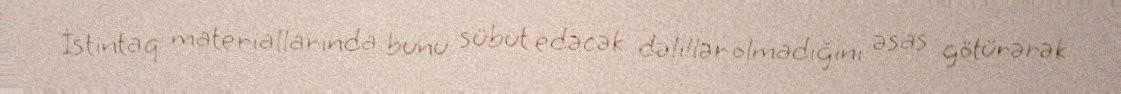
İstintaq materiallarında bunu sübut edəcək dəlillər olmadığını əsas götürərək